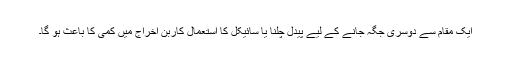
ایک مقام سے دوسری جگہ جانے کے لیے پیدل چلنا یا سائیکل کا استعمال کاربن اخراج میں کمی کا باعث ہو گا۔